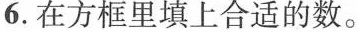
6.在方框里填上合适的数。